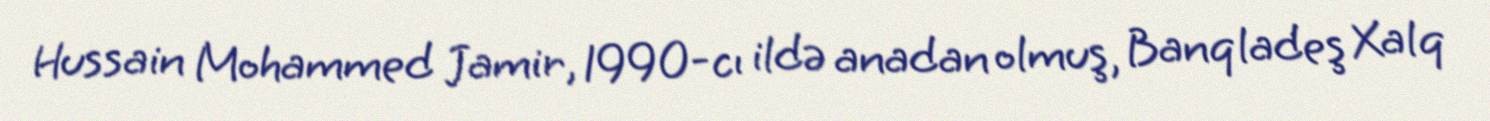
Hussain Mohammed Jamir, 1990-cı ildə anadan olmuş, Banqladeş Xalq